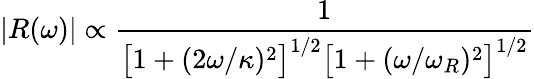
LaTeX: |R(\omega)|\propto\frac{1}{\big[1+(2\omega/\kappa)^{2}\big]^{1/2}\big[1+(\omega/\omega_{R})^{2}\big]^{1/2}}